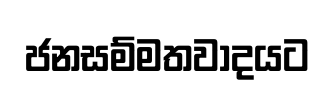
ජනසම්මතවාදයට